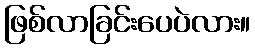
ဖြစ်လာခြင်းပေပဲလား။